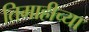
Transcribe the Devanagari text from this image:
तिमाहीच्या